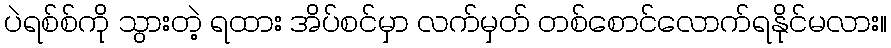
ပဲရစ်စ်ကို သွားတဲ့ ရထား အိပ်စင်မှာ လက်မှတ် တစ်စောင်လောက်ရနိုင်မလား။